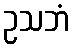
ဥသဘံ